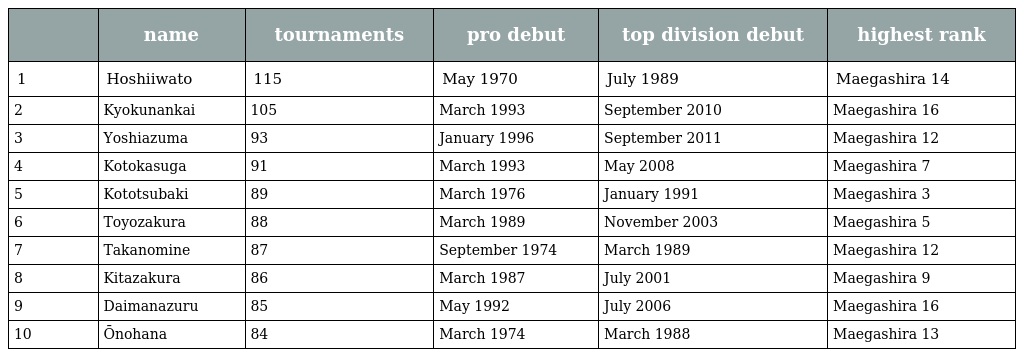
|  | name | tournaments | pro debut | top division debut | highest rank |
 | --- | --- | --- | --- | --- | --- |
 | 1 | Hoshiiwato | 115 | May 1970 | July 1989 | Maegashira 14 |
 | 2 | Kyokunankai | 105 | March 1993 | September 2010 | Maegashira 16 |
 | 3 | Yoshiazuma | 93 | January 1996 | September 2011 | Maegashira 12 |
 | 4 | Kotokasuga | 91 | March 1993 | May 2008 | Maegashira 7 |
 | 5 | Kototsubaki | 89 | March 1976 | January 1991 | Maegashira 3 |
 | 6 | Toyozakura | 88 | March 1989 | November 2003 | Maegashira 5 |
 | 7 | Takanomine | 87 | September 1974 | March 1989 | Maegashira 12 |
 | 8 | Kitazakura | 86 | March 1987 | July 2001 | Maegashira 9 |
 | 9 | Daimanazuru | 85 | May 1992 | July 2006 | Maegashira 16 |
 | 10 | Ōnohana | 84 | March 1974 | March 1988 | Maegashira 13 |